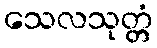
သေလသုတ္တံ